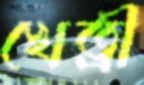
খেত্রী